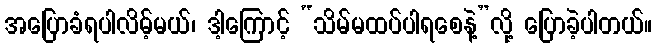
အပြောခံရပါလိမ့်မယ်၊ ဒါ့ကြောင့် “သိမ်မထပ်ပါရစေနဲ့”လို့ ပြောခဲ့ပါတယ်။